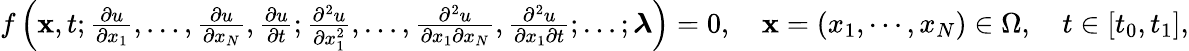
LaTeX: \begin{array}{r}{f\left(\mathbf{x},t;\frac{\partial u}{\partial x_{1}},\ldots,\frac{\partial u}{\partial x_{N}},\frac{\partial u}{\partial t};\frac{\partial^{2}u}{\partial x_{1}^{2}},\ldots,\frac{\partial^{2}u}{\partial x_{1}\partial x_{N}},\frac{\partial^{2}u}{\partial x_{1}\partial t};\ldots;\boldsymbol{\lambda}\right)=0,\quad\mathbf{x}=\left(x_{1},\cdots,x_{N}\right)\in\Omega,\quad t\in[t_{0},t_{1}],}\end{array}